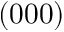
( 0 0 0 )